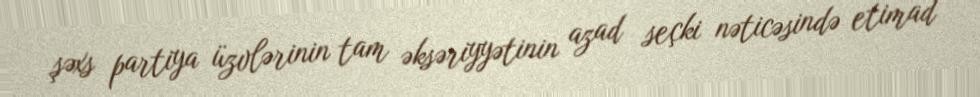
şəxs partiya üzvlərinin tam əksəriyyətinin azad seçki nəticəsində etimad